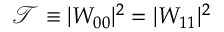
\mathcal { T } \equiv | W _ { 0 0 } | ^ { 2 } = | W _ { 1 1 } | ^ { 2 }